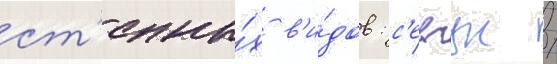
ст'епны́х в'и́дов: с'евчук /